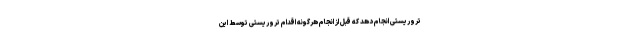
تروریستی انجام دهد که قبل از انجام هرگونه اقدام تروریستی توسط این